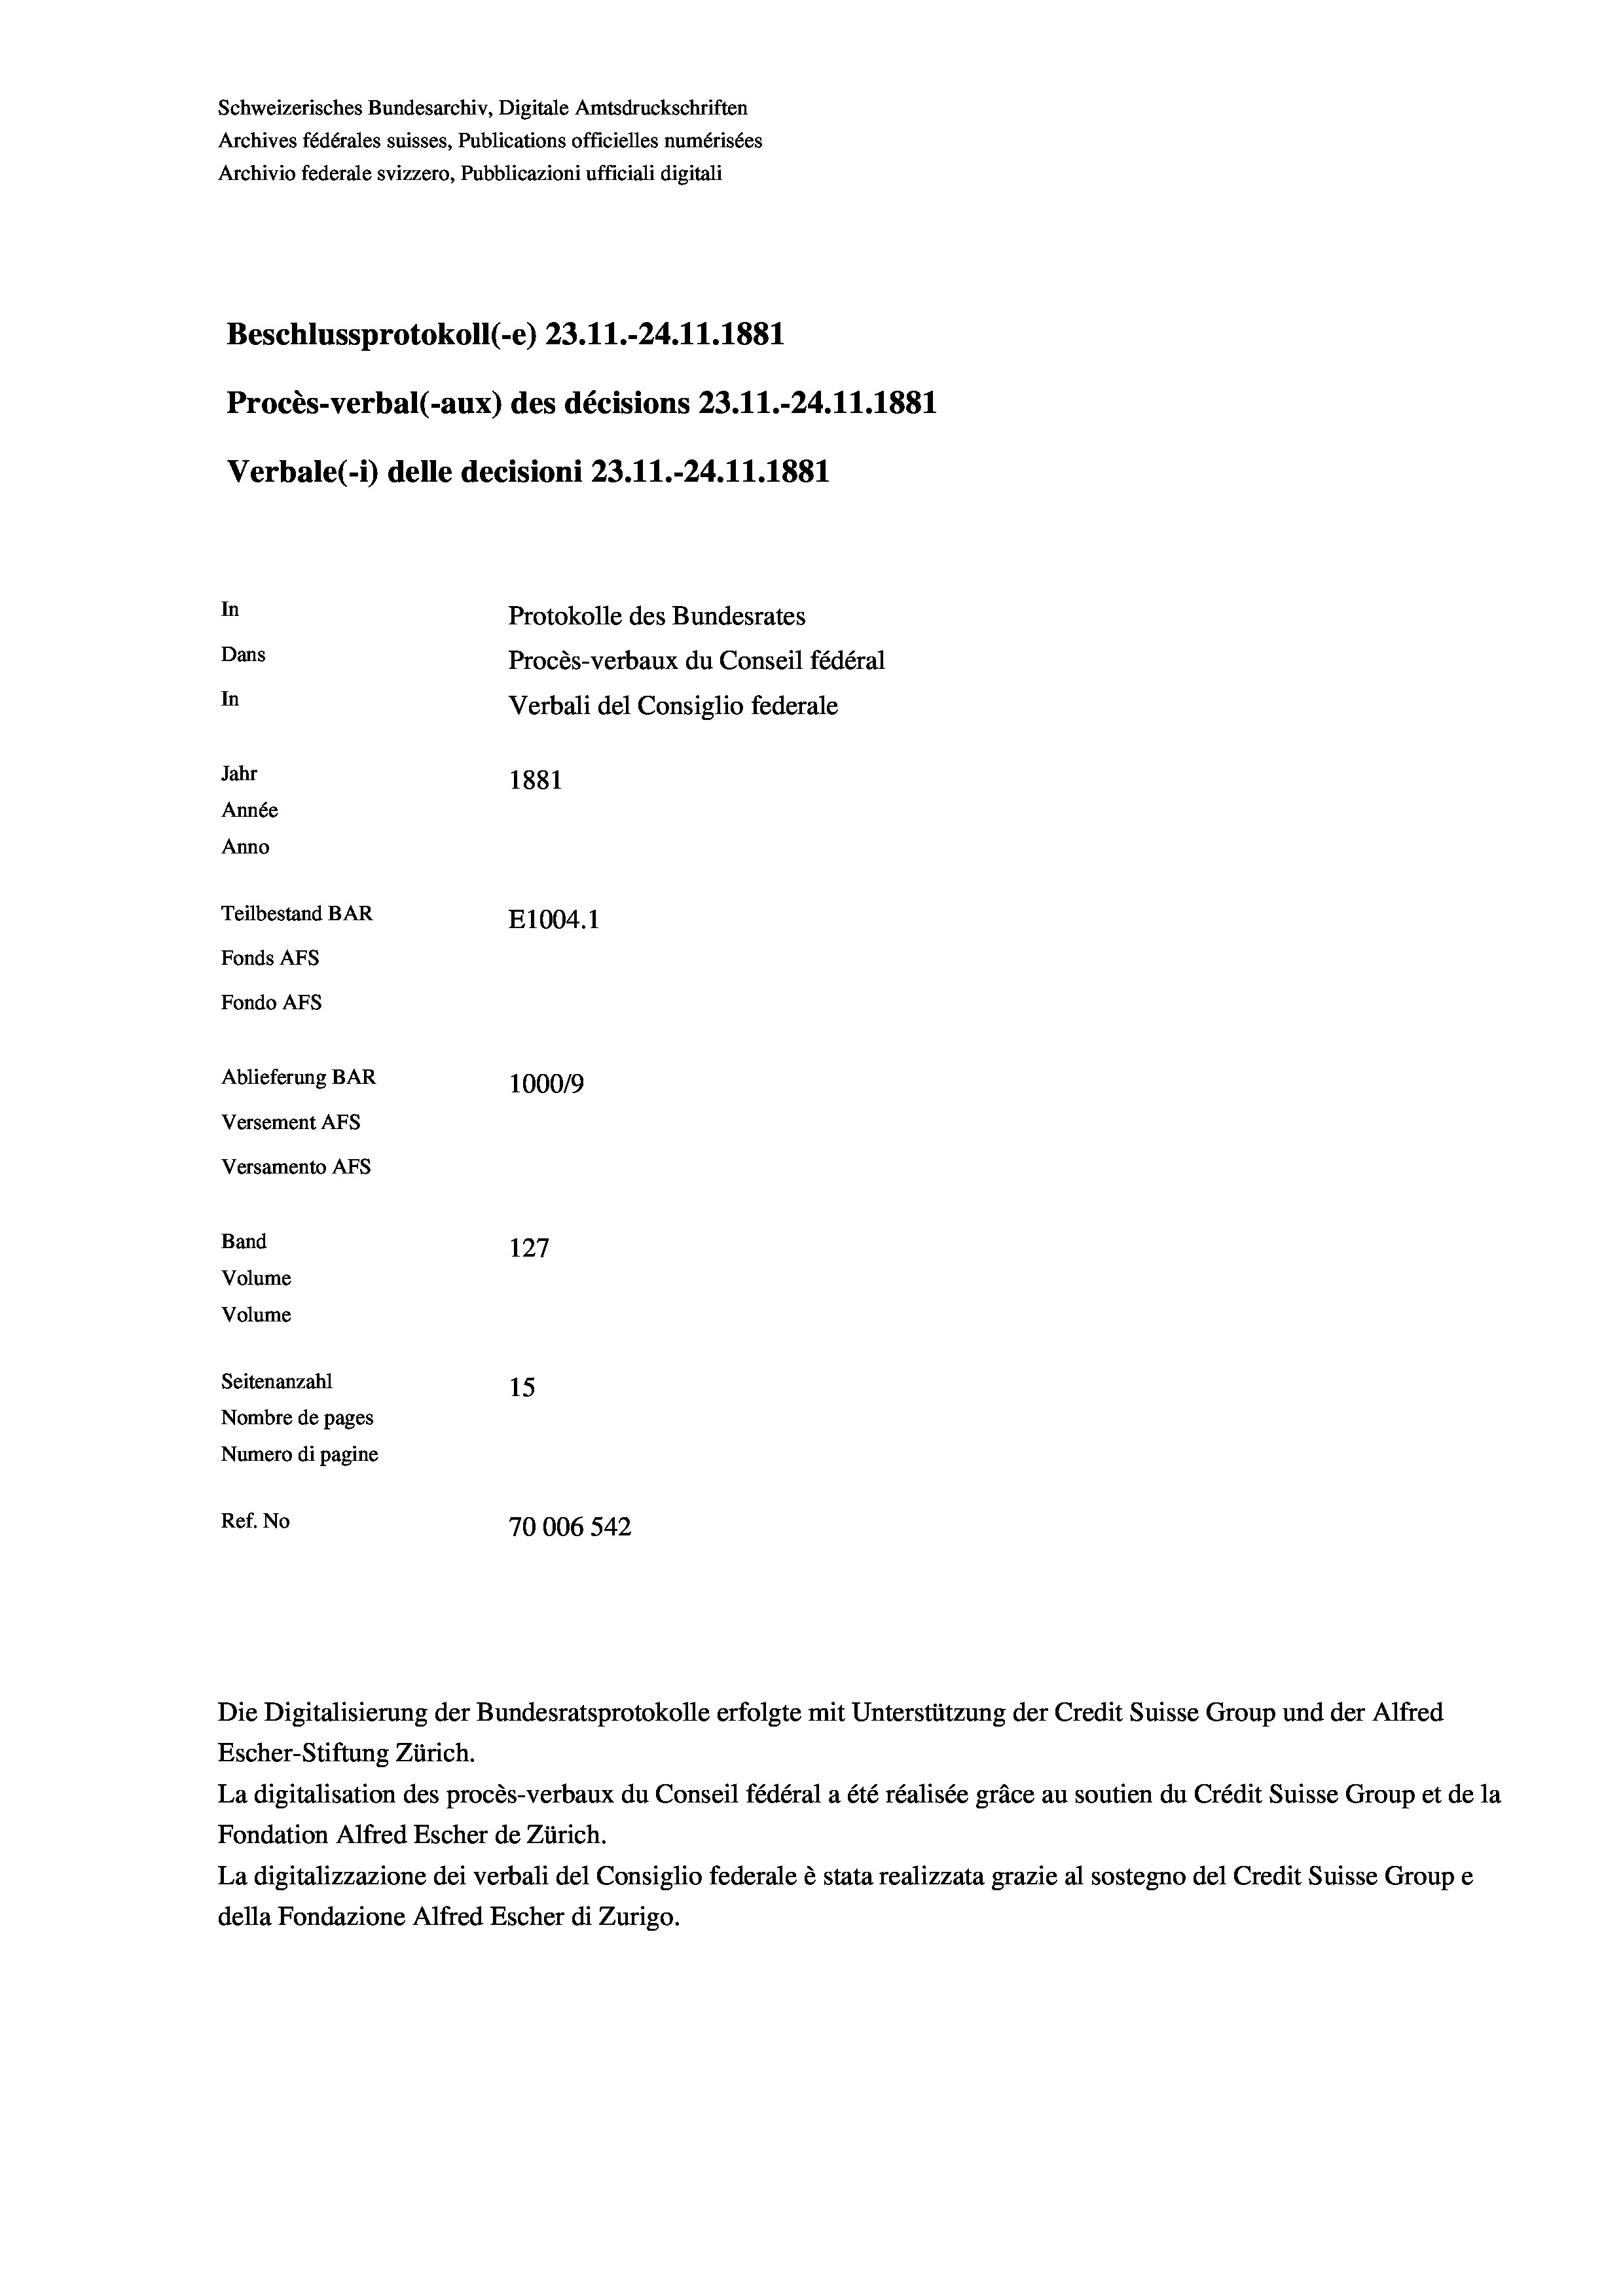
Schweizerisches Bundesarchiv, Digitale Amtsdruckschriften
Archives fédérales suisses, Publications officielles numérisées
Archivio federale svizzero, Pubblicazioni ufficiali digitali
Beschlussprotokoll (-e) 23.11.-24.11.1881
Procès-verbal (-aux) des décisions 23.11.-24.11.1881
Verbale (- 1) delle decisioni 23.11.-24.11.1881
In
Protokolle des Bundesrates
Dans
Procès-verbaux du Conseil fédéral
In
Verbali del Consiglio federale
Jahr
1881
Année
Anno
Teilbestand BAR
E1004. 1
Fonds AFs
Fondo AFS
Ablieferung BAR
100019
Versement AFs
Versamento AFs
Band
127
Volume
Volume
Seitenanzahl
15
Nombre de pages
Numero di pagine
Ref. No
70006 542

Die Digitalisierung der Bundesratsprotokolle erfolgte mit Unterstützung der Credit Suisse Group und der Alfred

Escher-Stiftung Zürich.
La digitalisation des procès-verbaux du Conseil fédéral a été réalisée gräce au soutien du Crédit Suisse Group et de la
Fondation Alfred Escher de Zürich.
La digitalizzazione dei verbali del Consiglio federale è stata realizzata grazie al sostegno del Credit Suisse Groupe
della Fondazione Alfred Escher di Zurigo.